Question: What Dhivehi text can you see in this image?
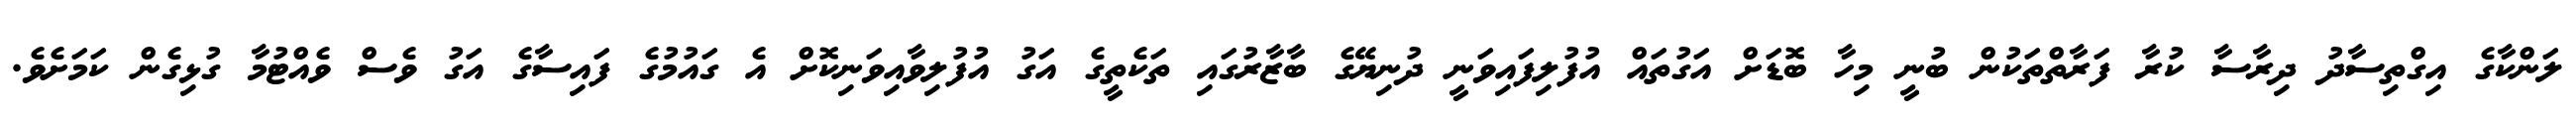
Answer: ލަންކާގެ އިގްތިސާދު ދިރާސާ ކުރާ ފަރާތްތަކުން ބުނީ މިހާ ބޮޑަށް އަގުތައް އުފުލިފައިވަނީ ދުނިޔޭގެ ބާޒާރުގައި ތަކެތީގެ އަގު އުފުލިވާއިވަނިކޮށް އެ ގައުމުގެ ފައިސާގެ އަގު ވެސް ވެއްޓުމާ ގުޅިގެން ކަމަށެވެ.